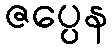
ဇပ္ပေန